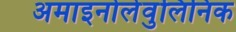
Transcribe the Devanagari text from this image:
अमाइनोलेवुलिनिक